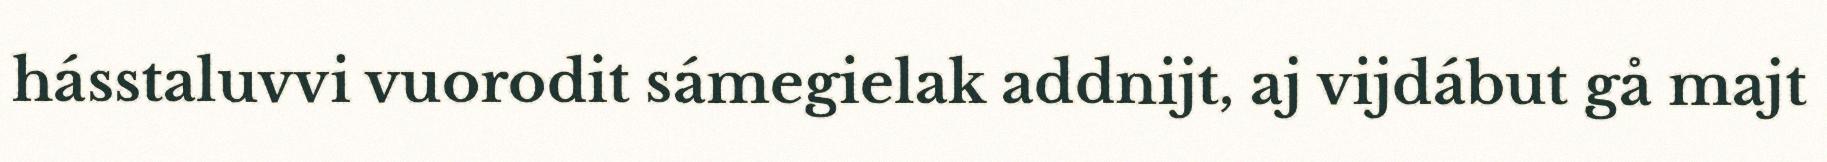
hásstaluvvi vuorodit sámegielak addnijt, aj vijdábut gå majt